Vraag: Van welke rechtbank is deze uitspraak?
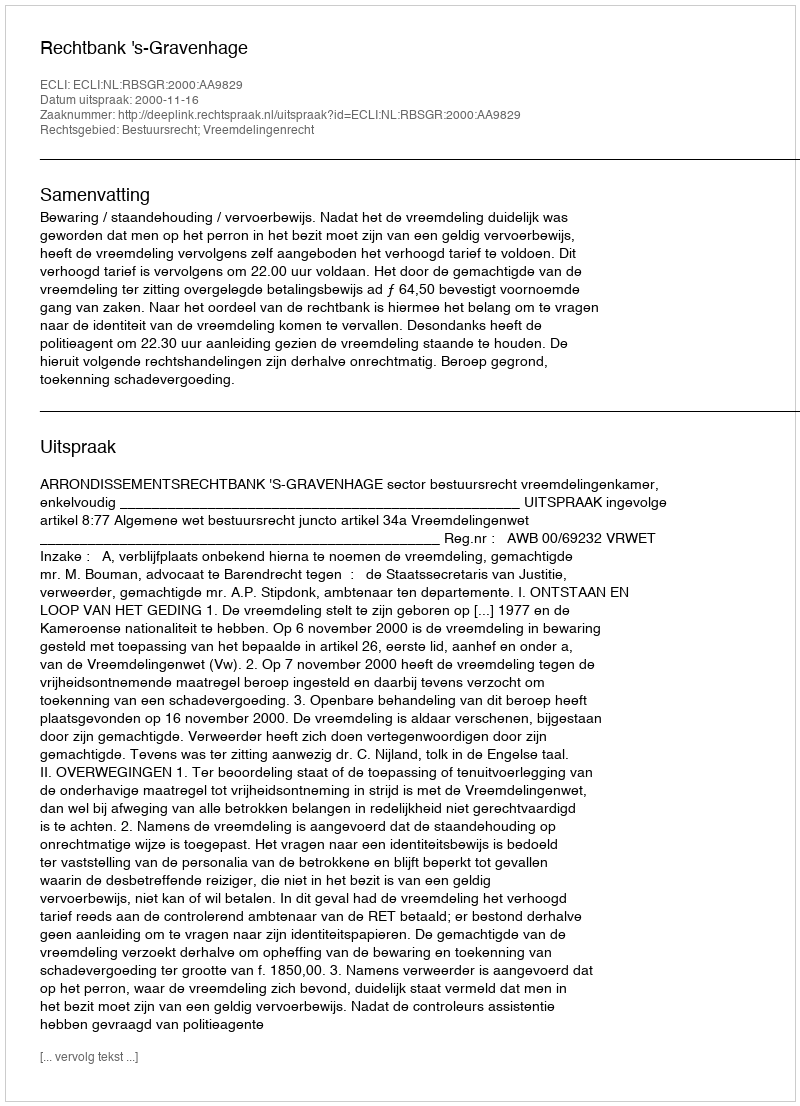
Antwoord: Rechtbank 's-Gravenhage